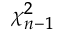
\scriptstyle \chi _ { n - 1 } ^ { 2 }